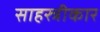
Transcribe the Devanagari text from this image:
साहस्त्रीकार